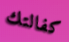
كفالتك